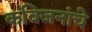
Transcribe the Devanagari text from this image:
कविजनांचे